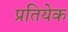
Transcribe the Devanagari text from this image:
प्रतियेक